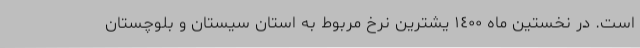
است. در نخستین ماه ١٤٠٠ یشترین نرخ مربوط به استان سیستان­ و بلوچستان